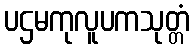
ပဌမကုလူပကသုတ္တံ